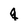
Character: q